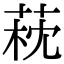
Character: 萙